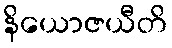
နိယောဇယီတိ